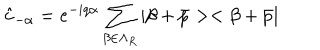
\hat { c } _ { - \alpha } = e ^ { - i q \alpha } \sum _ { \beta \in \Lambda _ { R } } | \beta + \bar { p } > < \beta + \bar { p } |